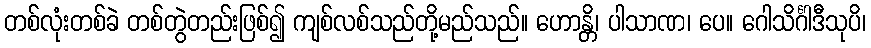
တစ်လုံးတစ်ခဲ တစ်တွဲတည်းဖြစ်၍ ကျစ်လစ်သည်တို့မည်သည်။ ဟောန္တိ၊ ပါသာဏ၊ ပေ။ ဂေါသိင်္ဂါဒီသုပိ၊